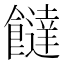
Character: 𩟐